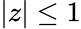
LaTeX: |z|\leq 1